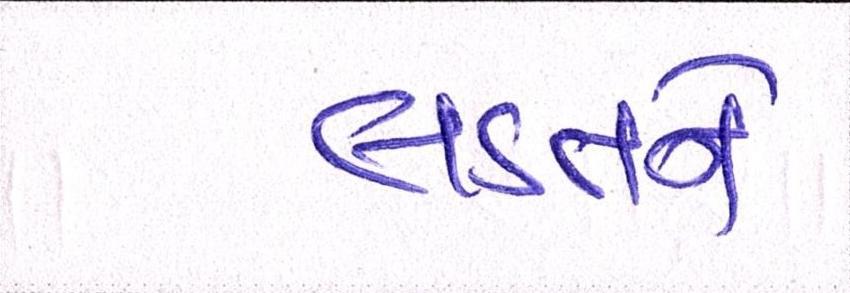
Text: લડતને